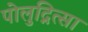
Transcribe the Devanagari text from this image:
पोलुद्नित्सा